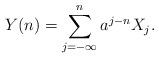
LaTeX: \begin{align*}Y(n) = \sum_{j=-\infty}^n a^{j-n} X_{j}. \end{align*}